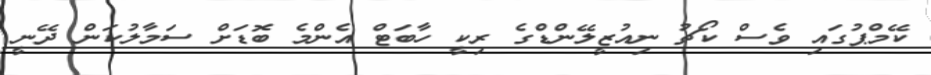
ކޭމްޕުގައި ވެސް ކޯޗު ނިއުޒީލޭންޑްގެ ރިކީ ހާބަޓް އެންމެ ބޮޑަށް ސަމާލުކަން ދޭނީ